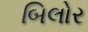
બિલોર